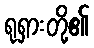
ရုရှားတို့၏